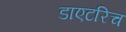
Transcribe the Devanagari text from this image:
डाएटरिच